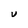
Character: u